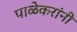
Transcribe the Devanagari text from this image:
पाळेकरांनी